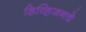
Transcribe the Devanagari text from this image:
डिव्हिजनचे